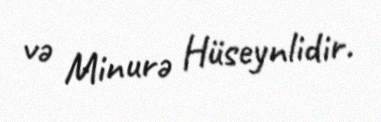
və Minurə Hüseynlidir.